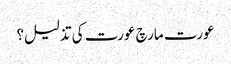
عورت مارچ عورت کی تذلیل؟